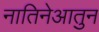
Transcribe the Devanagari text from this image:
नातिनेआतुन